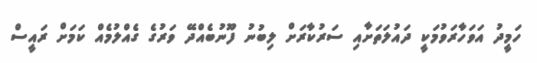
ހަމީދު އަވަހާރަވުމަކީ ދައުލަތަށާއި ސަރުކާރަށް ލިބުނު ފޫނުބެއްދޭ ވަރުގެ ގެއްލުމެއް ކަމަށް ރައީސް